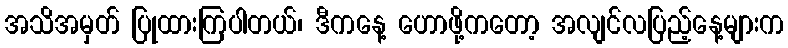
အသိအမှတ် ပြုထားကြပါတယ်၊ ဒီကနေ့ ဟောဖို့ကတော့ အလျင်လပြည့်နေ့များက